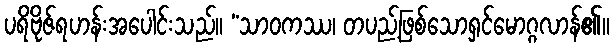
ပရိဗိုဇ်ရဟန်းအပေါင်းသည်။ “သာဝကဿ၊ တပည့်ဖြစ်သောရှင်မောဂ္ဂလာန်၏။